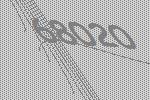
68020